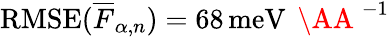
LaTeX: \mathrm{RMSE}(\overline{{F}}_{\alpha,n})=68\, \mathrm{meV}\, \mathrm{~\AA~}^{-1}